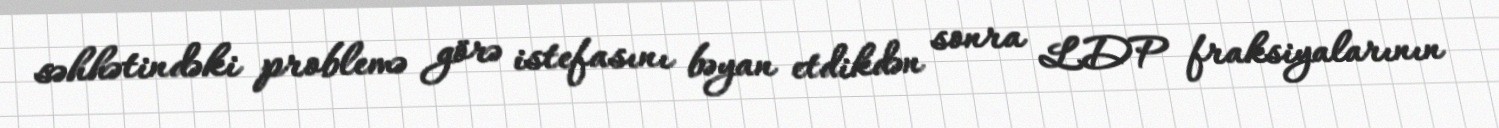
səhhətindəki problemə görə istefasını bəyan etdikdən sonra LDP fraksiyalarının